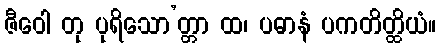
ဇီဝေါ တု ပုရိသော’တ္တာ ထ၊ ပဓာနံ ပကတိတ္ထိယံ။